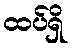
ထပ်ရှိ